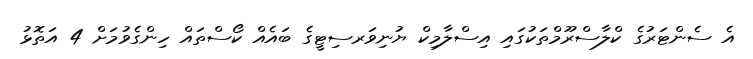
އެ ސެންޓަރުގެ ކްލާސްރޫމްތަކުގައި އިސްލާމިކް ޔުނިވަރސިޓީގެ ބައެއް ކޯސްތައް ހިންގެވުމަށް 4 އަތޮޅު